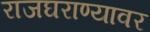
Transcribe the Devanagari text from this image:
राजघराण्यावर